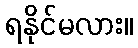
ရနိုင်မလား။